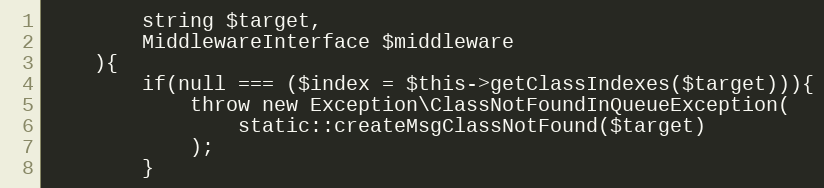
Language: PHP
        string $target,
        MiddlewareInterface $middleware
    ){
        if(null === ($index = $this->getClassIndexes($target))){
            throw new Exception\ClassNotFoundInQueueException(
                static::createMsgClassNotFound($target)
            );
        }